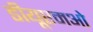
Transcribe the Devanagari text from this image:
डीयूएमओ